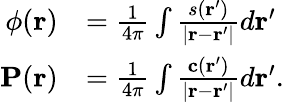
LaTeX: \begin{array}{rl}{\phi(\mathbf{r})}&{=\frac{1}{4\pi}\int\frac{s(\mathbf{r}^{\prime})}{|\mathbf{r}-\mathbf{r}^{\prime}|}d\mathbf{r}^{\prime}}\\ {\mathbf{P}(\mathbf{r})}&{=\frac{1}{4\pi}\int\frac{\mathbf{c}(\mathbf{r}^{\prime})}{|\mathbf{r}-\mathbf{r}^{\prime}|}d\mathbf{r}^{\prime}.}\end{array}